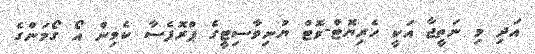
އަދި މި ނަތީޖާ އަކީ ހެރިޔޮޓް-ވޮޓް ޔުނިވާސިޓީގެ ޕްރޮފެސާ ކެވިން އޯ ގޯމަންގެ